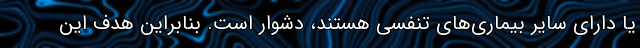
یا دارای سایر بیماری‌های تنفسی هستند، دشوار است. بنابراین هدف این